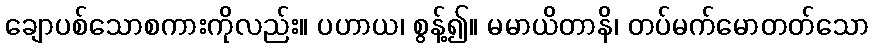
ချောပစ်သောစကားကိုလည်း။ ပဟာယ၊ စွန့်၍။ မမာယိတာနိ၊ တပ်မက်မောတတ်သော